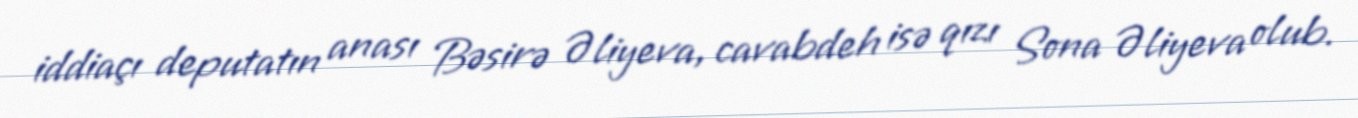
iddiaçı deputatın anası Bəsirə Əliyeva, cavabdeh isə qızı Sona Əliyeva olub.